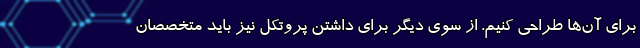
برای ‌آن‌ها طراحی کنیم. از سوی دیگر برای داشتن پروتکل نیز باید متخصصان